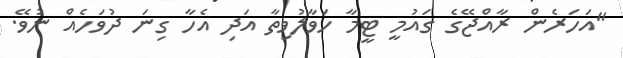
"އަހަރެން ރާއްޖޭގެ ގައުމީ ޓީމާ ހަވާލުވިތާ އަދި އެހާ ގިނަ ދުވަހެއް ނުވޭ.